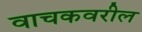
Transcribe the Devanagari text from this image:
वाचकवरील